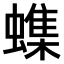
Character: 𫋝